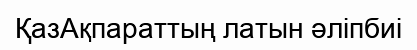
ҚазАқпараттың латын әліпбиі